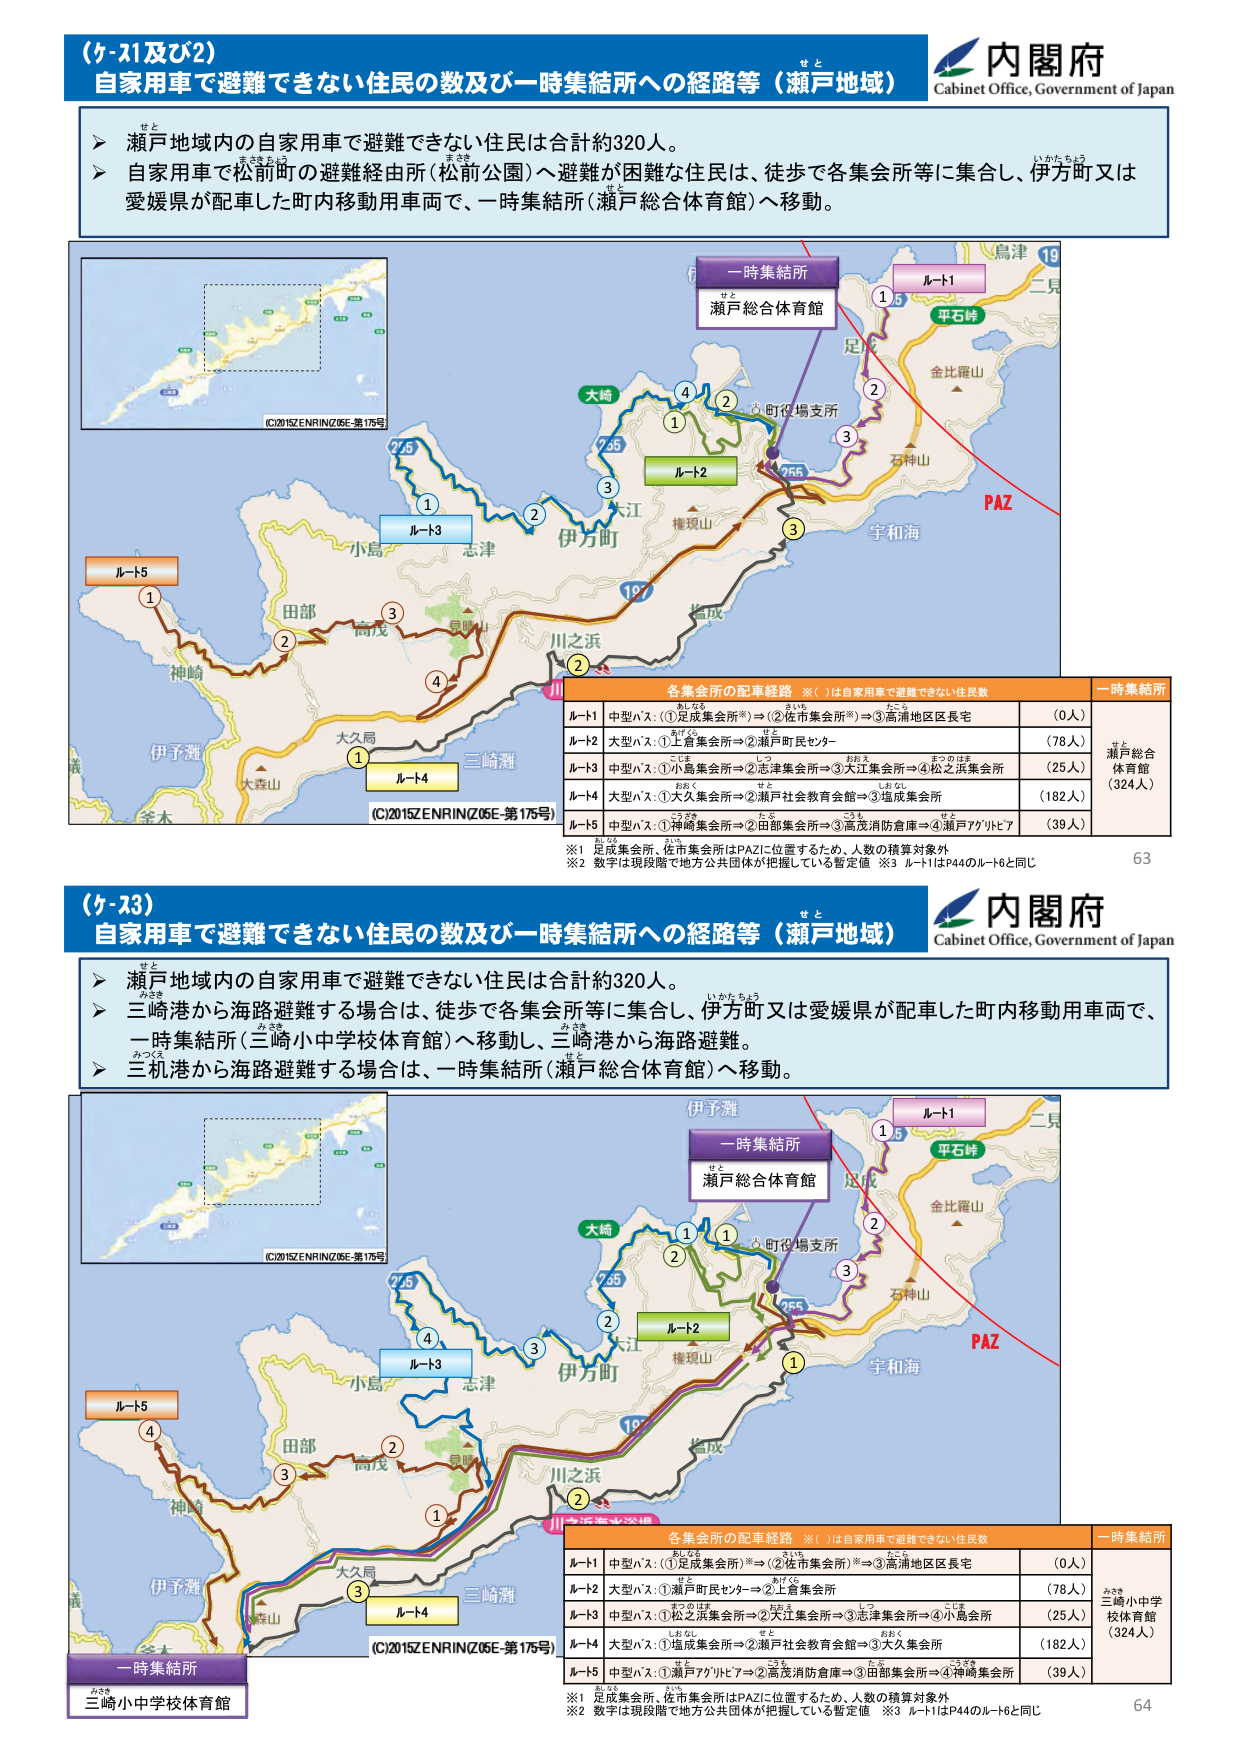
（ケ-21及び2）
自家用車で避難できない住民の数及び一時集結所への経路等（瀬戸地域）
内閣府
Cabinet Office, Government of Japan

＞ 瀬戸地域内の自家用車で避難できない住民は合計約320人。
＞ 自家用車で松前町の避難経由所（松前公園）へ避難が困難な住民は、徒歩で各集会所等に集合し、伊方町又は愛媛県が配車した町内移動用車両で、一時集結所（瀬戸総合体育館）へ移動。

（C)2015ZENRIN(Z05E-第175号）

一時集結所
瀬戸総合体育館

ルート1
ルート2
ルート3
ルート4
ルート5

各集会所の配車経路 ※（ ）は自家用車で避難できない住民数
一時集結所

ルート1 中型バス：①足成集会所※）⇒②佐市集会所※）⇒③高浦地区区長宅 （0人）
ルート2 大型バス：①上倉集会所⇒②瀬戸町民センター （78人）
ルート3 中型バス：①小島集会所⇒②志津集会所⇒③大江集会所⇒④松之浜集会所 （25人）
ルート4 大型バス：①大久集会所⇒②瀬戸社会教育会館⇒③塩成集会所 （182人）
ルート5 中型バス：①神崎集会所⇒②田部集会所⇒③高茂消防倉庫⇒④瀬戸アグリビア （39人）

※1 足成集会所、佐市集会所はPAZに位置するため、人数の積算対象外
※2 数字は現段階で地方公共団体が把握している暫定値 ※3 ルート1はP44のルート6と同じ

63

（ケ-23）
自家用車で避難できない住民の数及び一時集結所への経路等（瀬戸地域）
内閣府
Cabinet Office, Government of Japan

＞ 瀬戸地域内の自家用車で避難できない住民は合計約320人。
＞ 三崎港から海路避難する場合は、徒歩で各集会所等に集合し、伊方町又は愛媛県が配車した町内移動用車両で、一時集結所（三崎小中学校体育館）へ移動し、三崎港から海路避難。
＞ 三札港から海路避難する場合は、一時集結所（瀬戸総合体育館）へ移動。

（C)2015ZENRIN(Z05E-第175号）

一時集結所
瀬戸総合体育館

ルート1
ルート2
ルート3
ルート4
ルート5

各集会所の配車経路 ※（ ）は自家用車で避難できない住民数
一時集結所

ルート1 中型バス：①足成集会所※）⇒②佐市集会所※）⇒③高浦地区区長宅 （0人）
ルート2 大型バス：①瀬戸町民センター⇒②上倉集会所 （78人）
ルート3 中型バス：①松之浜集会所⇒②大江集会所⇒③志津集会所⇒④小島集会所 （25人）
ルート4 大型バス：①塩成集会所⇒②瀬戸社会教育会館⇒③大久集会所 （182人）
ルート5 中型バス：①瀬戸アグリビア⇒②高茂消防倉庫⇒③田部集会所⇒④神崎集会所 （39人）

※1 足成集会所、佐市集会所はPAZに位置するため、人数の積算対象外
※2 数字は現段階で地方公共団体が把握している暫定値 ※3 ルート1はP44のルート6と同じ

64